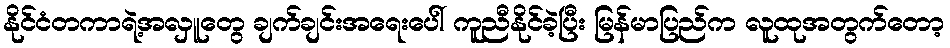
နိုင်ငံတကာရဲ့အလှူတွေ ချက်ချင်းအရေးပေါ် ကူညီနိုင်ခဲ့ပြီး မြန်မာပြည်က လူထုအတွက်တော့